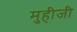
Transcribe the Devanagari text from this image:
मुहीजी